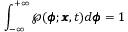
\int _ { - \infty } ^ { + \infty } \wp ( \pmb { \phi } ; \pmb { x } , t ) d \pmb { \phi } = 1